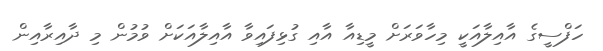
ހަފްސީގެ އާއިލާއަކީ މިހާވަރަށް މީޑިއާ އާއި ގުޅިފައިވާ އާއިލާއަކަށް ވުމުން މި ދާއިރާއިން